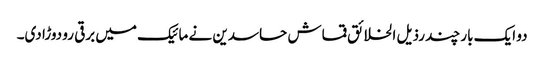
دو ایک بار چند رذیل الخلائق قماش حاسدین نے مائیک میں برقی رو دوڑا دی۔